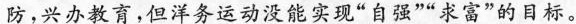
防，兴办教育，但洋务运动没能实现”自强””求富”的目标。